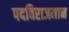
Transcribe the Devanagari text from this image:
पदविराजमान